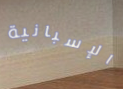
الإسبانية